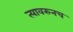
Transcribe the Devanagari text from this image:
त्यावरुनच